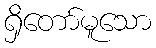
ရှိတော်မူသော